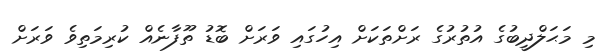
މި މަޙަލްދީބުގެ އުތުރުގެ ރަށްތަކަށް އިހުގައި ވަރަށް ބޮޑު ތޫފާނެއް ކުރިމަތިވެ ވަރަށް